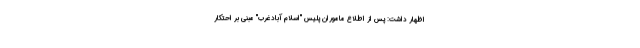
اظهار داشت: پس از اطلاع ماموران پلیس "اسلام آبادغرب" مبنی بر احتکار